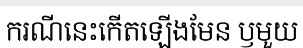
ករណីនេះកើតឡើងមែន ឫមួយ